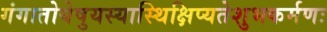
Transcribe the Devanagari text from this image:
गंगातोयेषुयस्यास्थिक्षिप्यतेशुभकर्मणः